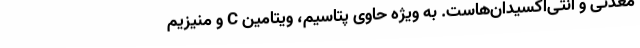
معدنی و آنتی‌اکسیدان‌هاست. به ویژه حاوی پتاسیم، ویتامین C و منیزیم